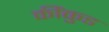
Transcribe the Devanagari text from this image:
कींकुड